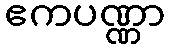
ဧကပဏ္ဏာ